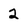
Character: 2